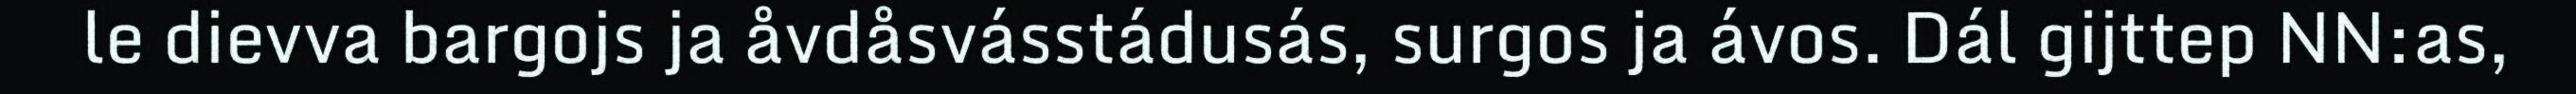
le dievva bargojs ja åvdåsvásstádusás, surgos ja ávos. Dál gijttep NN:as,